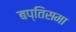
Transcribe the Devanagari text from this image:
बप्तिसमा